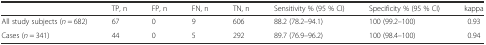
|  | TP, n | FP, n | FN, n | TN, n | Sensitivity % (95 % CI) | Specificity % (95 % CI) | kappa |
 | --- | --- | --- | --- | --- | --- | --- | --- |
 | All study subjects (n = 682) | 67 | 0 | 9 | 606 | 88.2 (78.2–94.1) | 100 (99.2–100) | 0.93 |
 | Cases (n = 341) | 44 | 0 | 5 | 292 | 89.7 (76.9–96.2) | 100 (98.4–100) | 0.94 |